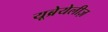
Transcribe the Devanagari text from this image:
यूब्रेयेलीज़